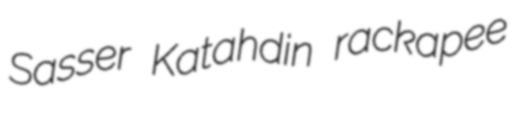
Sasser Katahdin rackapee